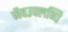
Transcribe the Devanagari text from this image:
जैवउपलब्धि